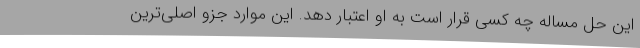
این حل مساله چه کسی قرار است به او اعتبار دهد. این موارد جزو اصلی‌ترین